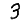
Digit: 3